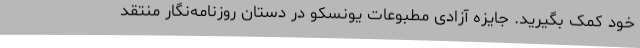
خود کمک بگیرید. جایزه آزادی مطبوعات یونسکو در دستان روزنامه‌نگار منتقد